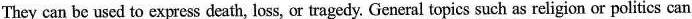
They can be used to express death, loss, or tragedy. General topics such as religion or politics can